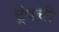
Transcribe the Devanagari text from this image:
ट्रंपची